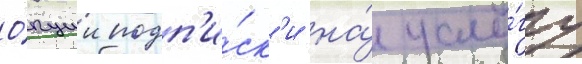
О́пции подп'и́ск'и на́ услу́гу